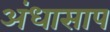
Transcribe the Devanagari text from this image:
अंधासाप